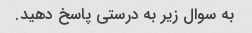
به سوال زیر به درستی پاسخ دهید.